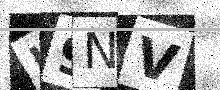
Text: I9NV